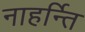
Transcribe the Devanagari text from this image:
नाहर्न्ति